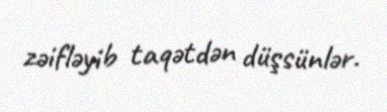
zəifləyib taqətdən düşsünlər.